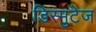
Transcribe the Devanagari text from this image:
डिस्मुटेज